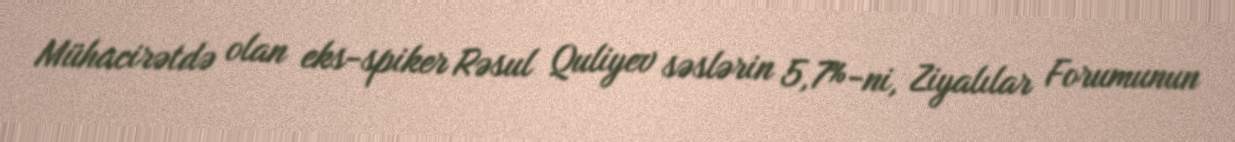
Mühacirətdə olan eks-spiker Rəsul Quliyev səslərin 5,7%-ni, Ziyalılar Forumunun